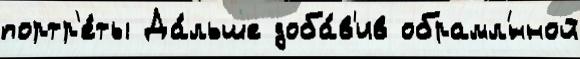
портр'е́ты Да́льше доба́в'ив обрамл'́нной